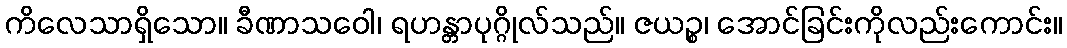
ကိလေသာရှိသော။ ခီဏာသဝေါ၊ ရဟန္တာပုဂ္ဂိုလ်သည်။ ဇယဉ္စ၊ အောင်ခြင်းကိုလည်းကောင်း။